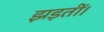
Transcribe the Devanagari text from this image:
झड़तीं।